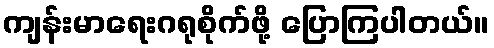
ကျန်းမာရေးဂရုစိုက်ဖို့ ပြောကြပါတယ်။